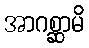
အာဂစ္ဆာမိ